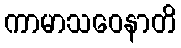
ကာမာသဝေနာတိ